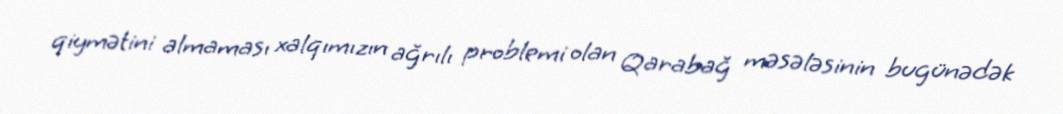
qiymətini almaması xalqımızın ağrılı problemi olan Qarabağ məsələsinin bugünədək